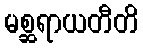
မစ္ဆရာယတီတိ